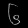
Digit: ၆